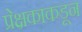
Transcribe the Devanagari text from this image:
प्रेक्षकाकडून